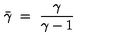
\bar { \gamma } \ = \ { \frac { \gamma } { \gamma - 1 } }